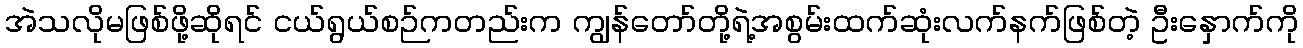
အဲသလိုမဖြစ်ဖို့ဆိုရင် ငယ်ရွယ်စဉ်ကတည်းက ကျွန်တော်တို့ရဲ့အစွမ်းထက်ဆုံးလက်နက်ဖြစ်တဲ့ ဦးနှောက်ကို